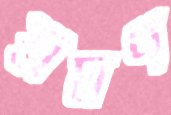
শ্রমণ